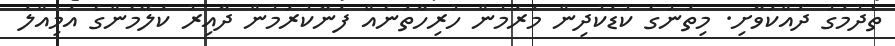
ތެދުމަގު ދައްކަވާށި. މިތަނުގެ ކުޑަކުދިން މަރަމުން ހުރިހާތަނެއް ފަނާކުރަމުން ދާއިރު ކަލޭމެންގެ އަމިއްލަ